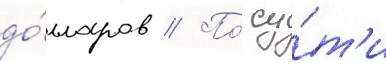
до́лларов // По́ су́т'и